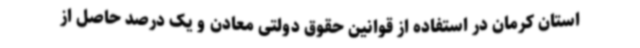
استان کرمان در استفاده از قوانین حقوق دولتی معادن و یک درصد حاصل از